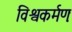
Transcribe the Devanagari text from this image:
विश्वकर्मणः